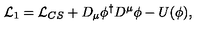
{ \cal L } _ { 1 } = { \cal L } _ { C S } + D _ { \mu } \phi ^ { \dagger } D ^ { \mu } \phi - U ( \phi ) ,